Civil Veterinary Department Bengal reports 1933-51 - 1933-1951
Year: 1933
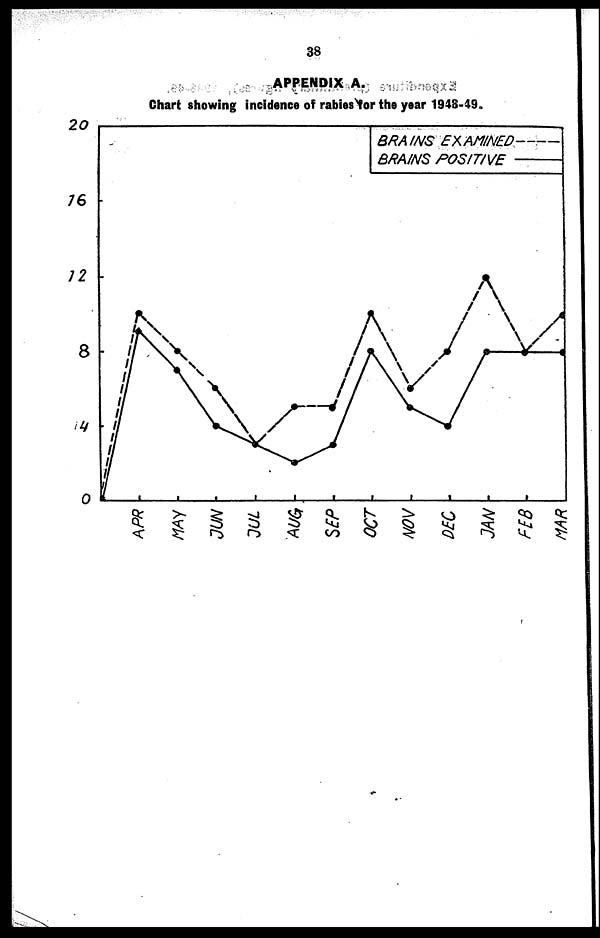
38
APPENDIX A.
Chart showing incidence of rabies for the year 1943-49.